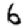
Digit: 6